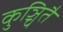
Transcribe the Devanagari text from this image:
कुञ्चितै